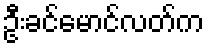
ဦးခင်မောင်လတ်က